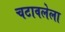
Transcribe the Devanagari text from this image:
चटावलेला